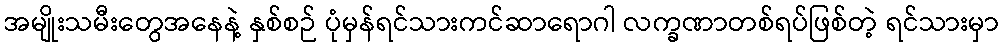
အမျိုးသမီးတွေအနေနဲ့ နှစ်စဉ် ပုံမှန်ရင်သားကင်ဆာရောဂါ လက္ခဏာတစ်ရပ်ဖြစ်တဲ့ ရင်သားမှာ